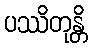
ပဿိတုန္တိ